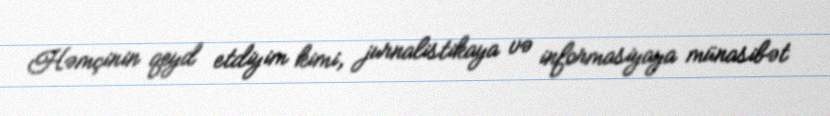
Həmçinin qeyd etdiyim kimi, jurnalistikaya və informasiyaya münasibət